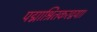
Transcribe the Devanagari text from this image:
पद्माश्रितकरद्वया।